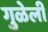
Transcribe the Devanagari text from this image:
गुळेली